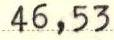
46,53